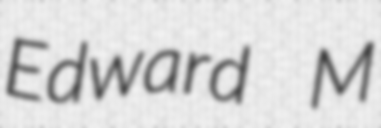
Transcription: Edward M